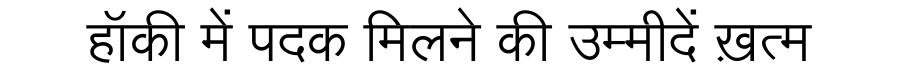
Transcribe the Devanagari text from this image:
हॉकी में पदक मिलने की उम्मीदें ख़त्म